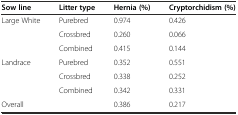
<table><thead><tr><td><b>Sow line</b></td><td><b>Litter type</b></td><td><b>Hernia (%)</b></td><td><b>Cryptorchidism (%)</b></td></tr></thead><tbody><tr><td rowspan="3">Large White</td><td>Purebred</td><td>0.974</td><td>0.426</td></tr><tr><td>Crossbred</td><td>0.260</td><td>0.066</td></tr><tr><td>Combined</td><td>0.415</td><td>0.144</td></tr><tr><td rowspan="3">Landrace</td><td>Purebred</td><td>0.352</td><td>0.551</td></tr><tr><td>Crossbred</td><td>0.338</td><td>0.252</td></tr><tr><td>Combined</td><td>0.342</td><td>0.331</td></tr><tr><td colspan="2">Overall</td><td>0.386</td><td>0.217</td></tr></tbody></table>